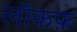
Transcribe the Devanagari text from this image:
लॉकफ़